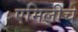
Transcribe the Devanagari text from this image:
एमिलीचे